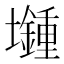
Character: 𡓯